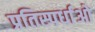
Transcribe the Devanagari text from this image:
प्रतिस्पर्धाओ